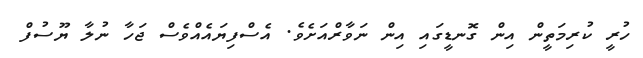
ހުރީ ކުރިމަތީން އިން ގޮނޑީގައި އިން ނަވާރްއަށެވެ. އެސްފިޔައެއްވެސް ޖަހާ ނުލާ ޔޫސުފް